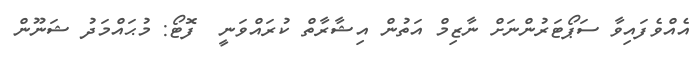
އެއްވެފައިވާ ސަޕޯޓަރުންނަށް ނާޒިމް އަތުން އިޝާރާތް ކުރައްވަނީ  ފޮޓޯ: މުޙައްމަދު ޝަނޫން